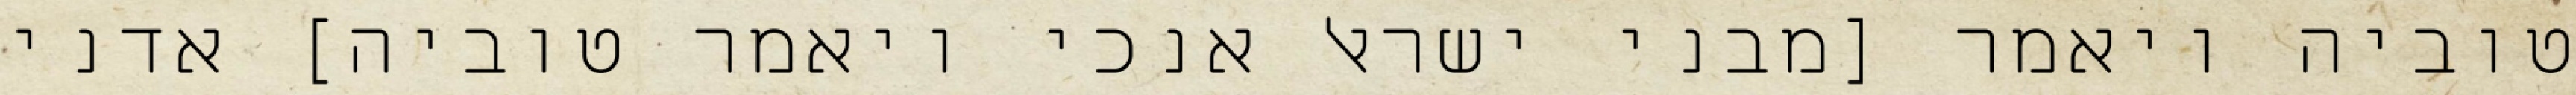
טוביה ויאמר [מבני ישראל אנכי ויאמר טוביה] אדני